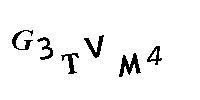
G3TVM4